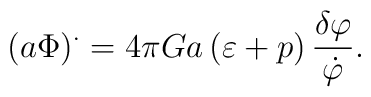
\left( a\Phi \right) ^{.}=4\pi Ga\left( \varepsilon +p\right) \frac{\delta\varphi }{\dot{\varphi}}.